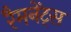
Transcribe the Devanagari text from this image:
रैमनेंट्स